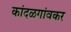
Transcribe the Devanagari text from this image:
कांदळगांवकर